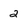
Character: 2